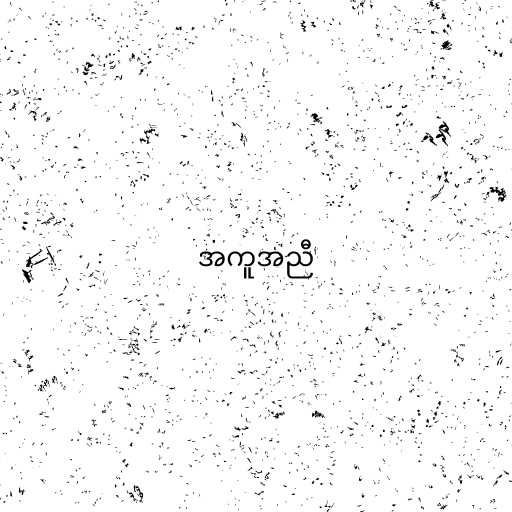
အကူအညီ